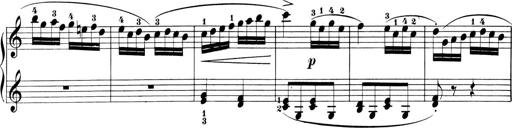
Title: 6 Piano Sonatinas
Composer: Cornelius Gurlitt